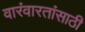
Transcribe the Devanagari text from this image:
वारंवारतांसाठी